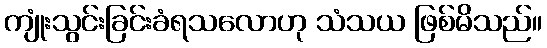
ကျုံးသွင်းခြင်းခံရသလောဟု သံသယ ဖြစ်မိသည်။